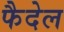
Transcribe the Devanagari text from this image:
फैदेल